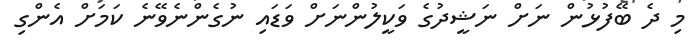
މި ދެ ބޭފުޅުން ނަށް ނަޝީދުގެ ވަކީލުންނަށް ވަޑައި ނުގެންނެވޭނެ ކަމަށް އެންގި